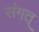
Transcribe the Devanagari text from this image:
संगत्